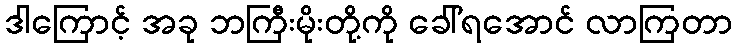
ဒါကြောင့် အခု ဘကြီးမိုးတို့ကို ခေါ်ရအောင် လာကြတာ